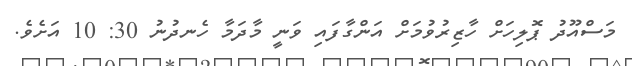
މަސްއޫދު ޕޮލިހަށް ހާޒިރުވުމަށް އަންގާފައި ވަނީ މާދަމާ ހެނދުނު 30: 10 އަށެވެ.